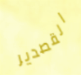
القصدير